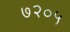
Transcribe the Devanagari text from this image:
७२०५